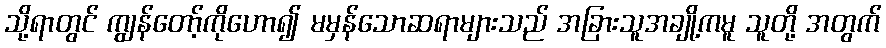
သို့ရာတွင် ကျွန်တော့်ကိုဟော၍ မမှန်သောဆရာများသည် အခြားသူအချို့ကမူ သူတို့ အတွက်